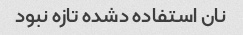
نان استفاده دشده تازه نبود